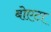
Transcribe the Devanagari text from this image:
बोएटा